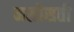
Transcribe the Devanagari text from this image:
मसोसती